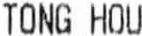
TONG HOU